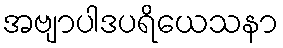
အဗျာပါဒပရိယေသနာ